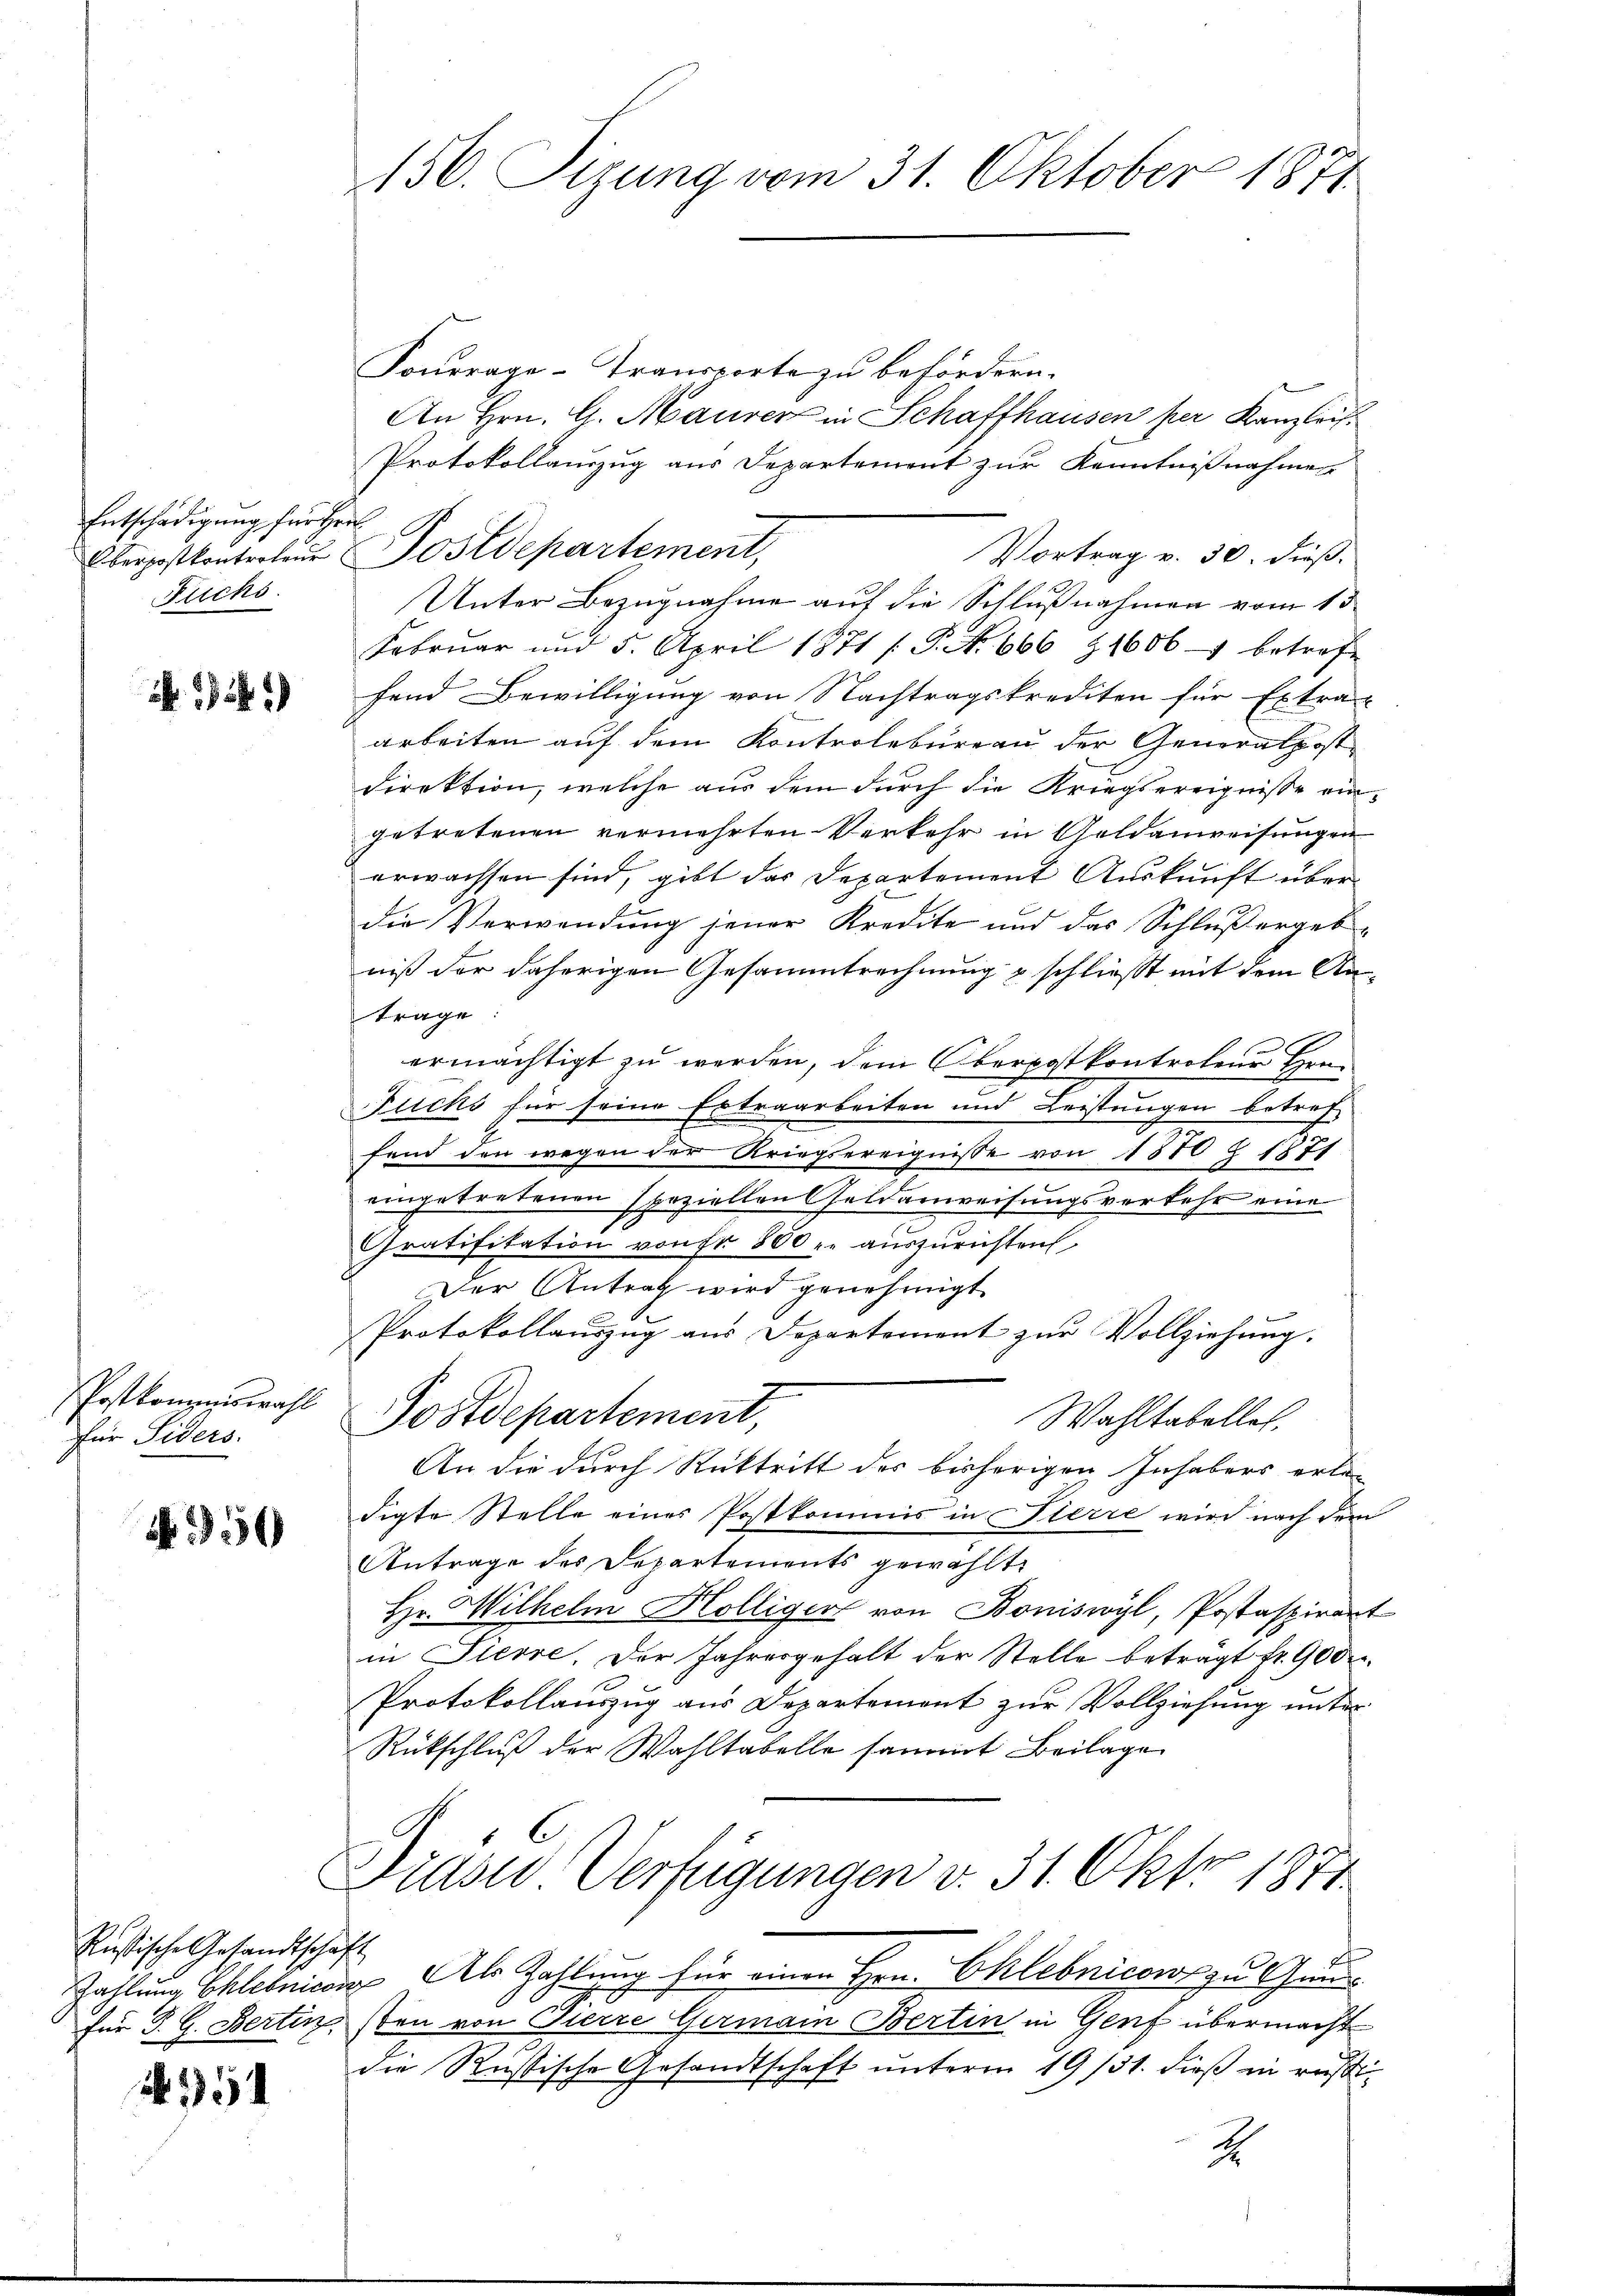
Entschädigung für Her
Fuchs.

1)

Postkommiswahl
für Siders.

450

Russische Gesandtschaft

154

150. Sizung vom 31. Oktober 1871

Kontrage-Transporte zu befördern.
An Hrn. G. Maurer in Schaffhausen per Kanzleis
Protokollauszug aus Departemont zur Kenntnißnahmen
Oberpostkontrolen Postdepartement,
Vortrag v. 30. dieß.
Unter Bezugnahme auf die Schlußnahmen vom 15.
Febrŭar und 5. April 1871 / P. N. 666 Z1606 betref
fend Bewilligung von Nachtragskrediten für Extrac
arbeiten auf dem Kontrolbureau der Generalpost
direktion, welche aus dem durch die Kriegsereignisse eingetretenen vermehrten Verkehr in Geldanweisungen
erwachsen sind, gibt das Departement Auskunft über
die Verwendung jener Kredite und das Schluß ergebniß der daherigen Gesammtrechnung & schliesst mit dem An-
trage
c
ermächtigt zu werden, dem Oberpostkontrotene Hrn.
Fuchs für seine Extraarbeiten und Leistungen betreffend den wegen der Kriegsereignisse von 1870 § 1871
eingetretenen speziellen Geldanweisungsverkehr eine
Gratifikation von Fr. 800 r. auszurichten,
Der Antrag wird genehmigt.
Protokollauszug aus Departement zur Vollziehung.
Postdepartement,
Wahltabelles,
An die durch Rücktritt des bisherigen Inhabers erle-
digte Stelle eines Postkommis in Sterre wird nach dem
Antrage des Departements gewählt:
Hr. Wilhelm Hölliger von Boniswyl, Postaspirant
in Pierre. Der Jahresgehalt der Stelle beträgt fr. 900 u.
Protokollauszug aus Departement zur Vollziehung unter
Rückschluß der Wahltabelle sammt Beilage
Drase Verfügungen v. 31. Okto 1871
Zahlung Chleinica Als Zahlung für einen Hrn. Chlebnicons zu Gunfür J. G. Bertin sten von Pierre Germain Bertin in Genf übermacht
die Rußische Gesandtschaft unterm 19/31. dieß in rasi¬
2